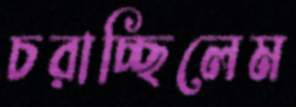
চরাচ্ছিলেম